Inquiry into the circumstances attending an outbreak of cholera in H. M.'s 18th Hussars at Secunderabad in the month of May
Year: 1871
Disease focus: Cholera
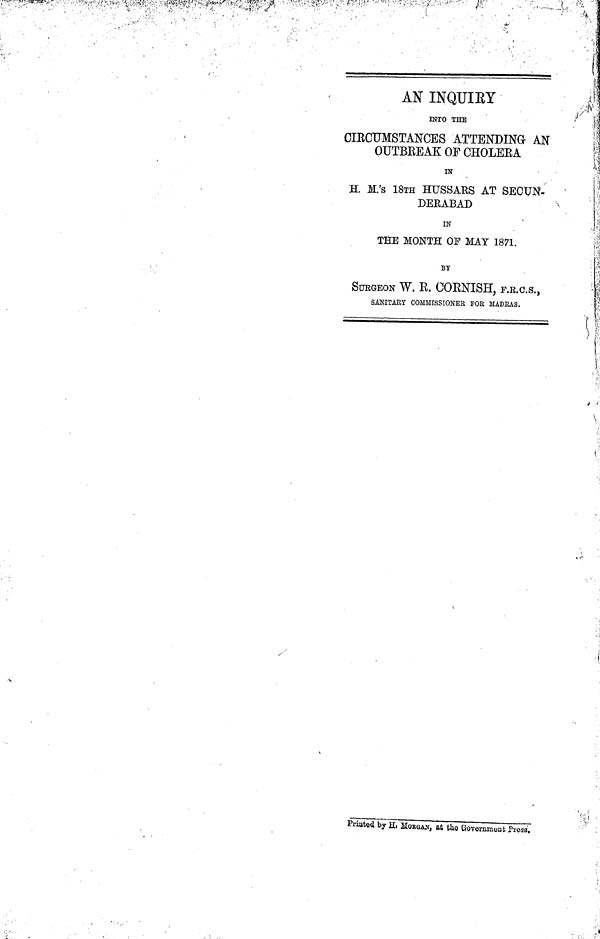
AN INQUIEY
INTO THE
CIRCUMSTANCES ATTENDING AN
OUTBREAK OF CHOLERA
IN
H. M.'s 18TH HUSSARS AT SECUN-
DERABAD
IN
THE MONTH OF MAT 1871.
BY
SURGEON W. R. CORNISH, F.R.C.S.,
SANITARY COMMISSIONER FOR MADRAS.
Printed by H. MORGAN, at the Government Press.